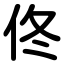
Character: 佟